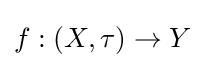
f:(X,\tau )\to Y